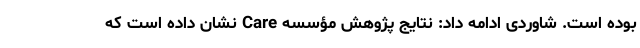
بوده است. شاوردی ادامه داد: نتایج پژوهش مؤسسه Care نشان داده است که